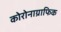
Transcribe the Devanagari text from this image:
कोरोनाग्राफिक